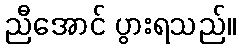
ညီအောင် ပွားရသည်။